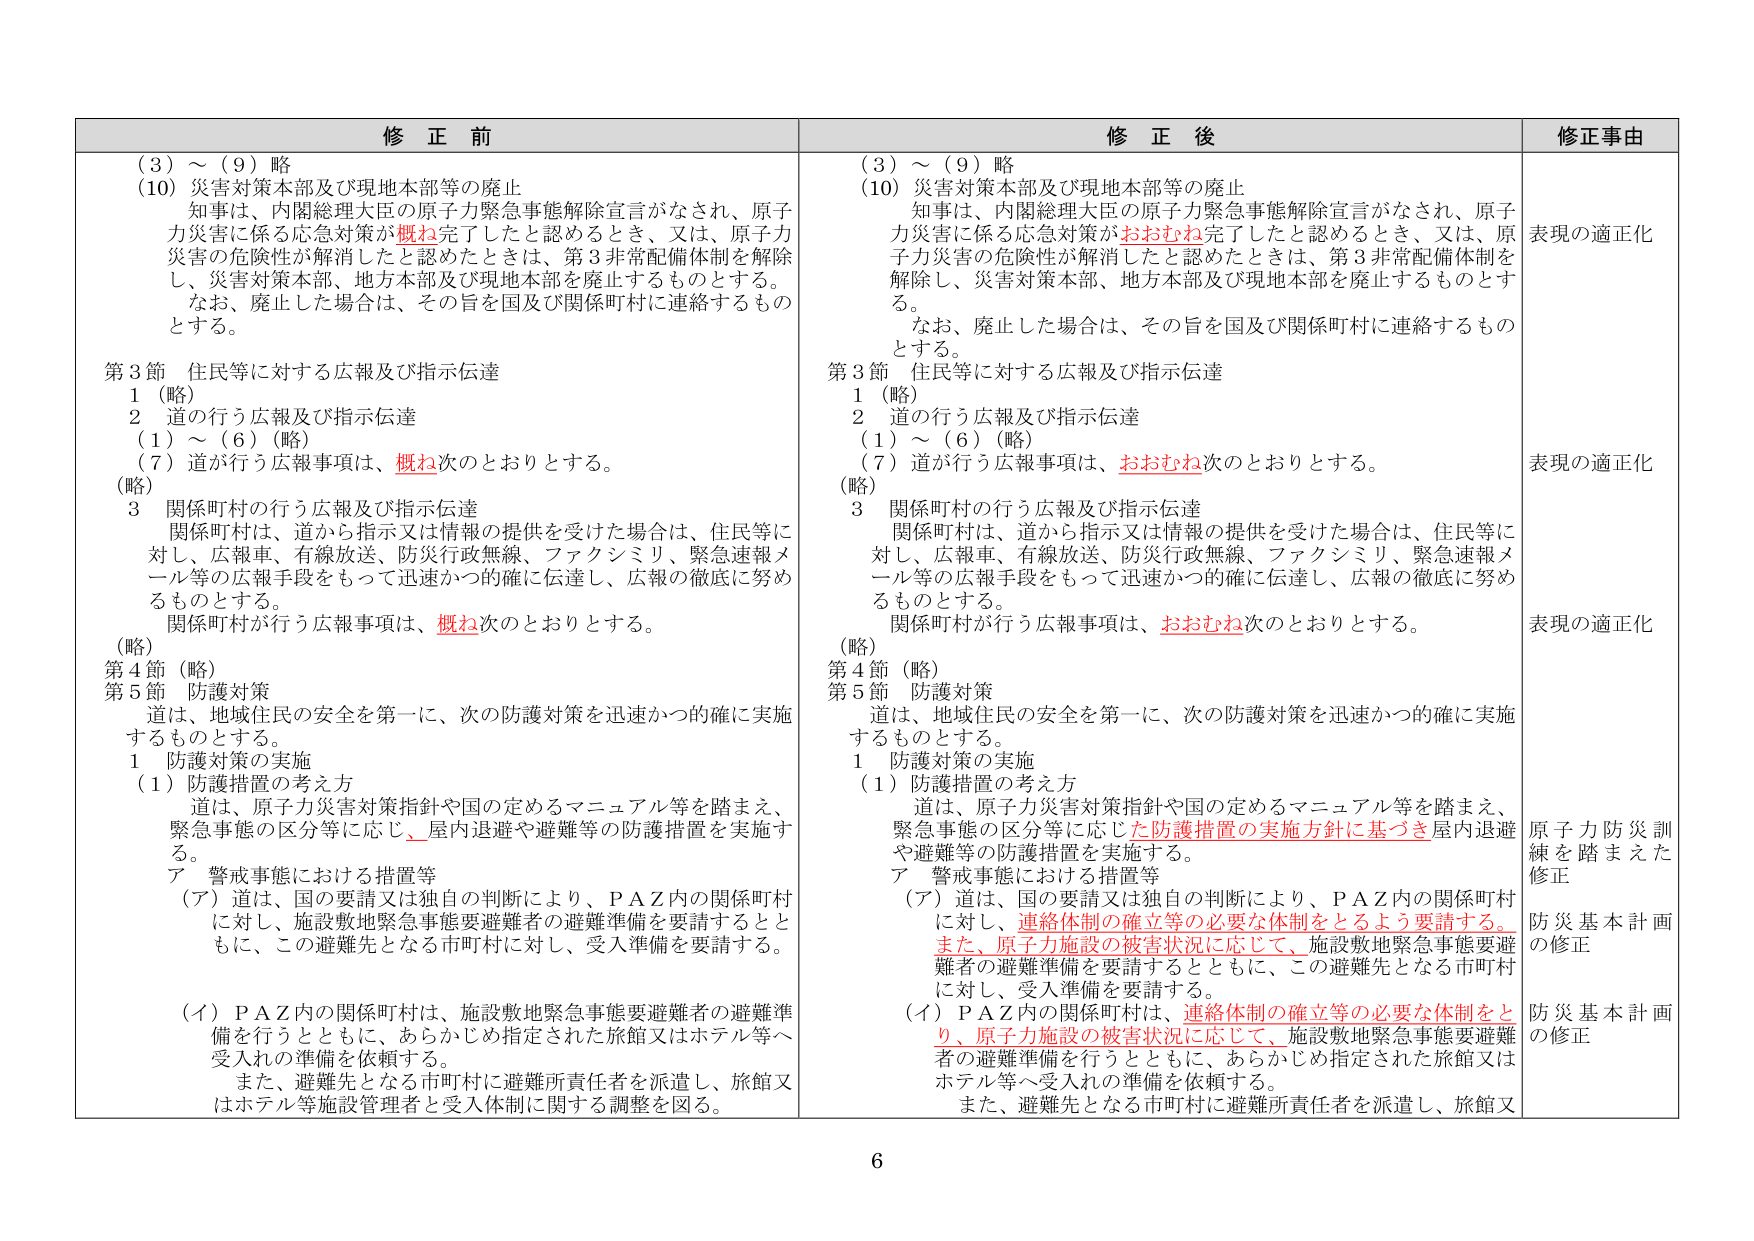
修正前
（3）～（9）略
（10）災害対策本部及び現地本部等の廃止
知事は、内閣総理大臣の原子力緊急事態解除宣言がなされ、原子力災害に係る応急対策が概ね完了したと認めるとき、又は、原子力災害の危険性が解消したと認めたときは、第3非常配備体制を解除し、災害対策本部、地方本部及び現地本部を廃止するものとする。
なお、廃止した場合は、その旨を国及び関係町村に連絡するものとする。

第3節 住民等に対する広報及び指示伝達
1（略）
2 道の行う広報及び指示伝達
（1）～（6）（略）
（7）道が行う広報事項は、概ね次のとおりとする。
（略）
3 関係町村の行う広報及び指示伝達
関係町村は、道から指示又は情報の提供を受けた場合は、住民等に対し、広報車、有線放送、防災行政無線、ファクシミリ、緊急速報メール等の広報手段をもって迅速かつ的確に伝達し、広報の徹底に努めるものとする。
関係町村が行う広報事項は、概ね次のとおりとする。
（略）
第4節（略）
第5節 防護対策
道は、地域住民の安全を第一に、次の防護対策を迅速かつ的確に実施するものとする。
1 防護対策の実施
（1）防護措置の考え方
道は、原子力災害対策指針や国の定めるマニュアル等を踏まえ、緊急事態の区分等に応じ、屋内退避や避難等の防護措置を実施する。
ア 警戒事態における措置等
（ア）道は、国の要請又は独自の判断により、ＰＡＺ内の関係町村に対し、施設敷地緊急事態要避難者の避難準備を要請するとともに、この避難先となる市町村に対し、受入準備を要請する。
（イ）ＰＡＺ内の関係町村は、施設敷地緊急事態要避難者の避難準備を行うとともに、あらかじめ指定された旅館又はホテル等へ受入れの準備を依頼する。
また、避難先となる市町村に避難所責任者を派遣し、旅館又はホテル等施設管理者と受入体制に関する調整を図る。

修正後
（3）～（9）略
（10）災害対策本部及び現地本部等の廃止
知事は、内閣総理大臣の原子力緊急事態解除宣言がなされ、原子力災害に係る応急対策がおおむね完了したと認めるとき、又は、原子力災害の危険性が解消したと認めたときは、第3非常配備体制を解除し、災害対策本部、地方本部及び現地本部を廃止するものとする。
なお、廃止した場合は、その旨を国及び関係町村に連絡するものとする。

第3節 住民等に対する広報及び指示伝達
1（略）
2 道の行う広報及び指示伝達
（1）～（6）（略）
（7）道が行う広報事項は、おおむね次のとおりとする。
（略）
3 関係町村の行う広報及び指示伝達
関係町村は、道から指示又は情報の提供を受けた場合は、住民等に対し、広報車、有線放送、防災行政無線、ファクシミリ、緊急速報メール等の広報手段をもって迅速かつ的確に伝達し、広報の徹底に努めるものとする。
関係町村が行う広報事項は、おおむね次のとおりとする。
（略）
第4節（略）
第5節 防護対策
道は、地域住民の安全を第一に、次の防護対策を迅速かつ的確に実施するものとする。
1 防護対策の実施
（1）防護措置の考え方
道は、原子力災害対策指針や国の定めるマニュアル等を踏まえ、緊急事態の区分等に応じた防護措置の実施方針に基づき、屋内退避や避難等の防護措置を実施する。
ア 警戒事態における措置等
（ア）道は、国の要請又は独自の判断により、ＰＡＺ内の関係町村に対し、連絡体制の確立等の必要な体制をとるよう要請する。また、原子力施設の被害状況に応じて、施設敷地緊急事態要避難者の避難準備を要請するとともに、この避難先となる市町村に対し、受入準備を要請する。
（イ）ＰＡＺ内の関係町村は、連絡体制の確立等の必要な体制をとり、原子力施設の被害状況に応じて、施設敷地緊急事態要避難者の避難準備を行うとともに、あらかじめ指定された旅館又はホテル等へ受入れの準備を依頼する。
また、避難先となる市町村に避難所責任者を派遣し、旅館又

修正事由
表現の適正化
表現の適正化
表現の適正化
原子力防災訓練を踏まえた修正
防災基本計画の修正
防災基本計画の修正

6